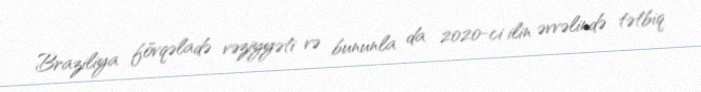
Braziliya fövqəladə vəziyyəti və bununla da 2020-ci ilin əvvəlində tətbiq